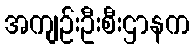
အကျဉ်းဦးစီးဌာနက